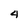
Character: 4